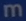
m